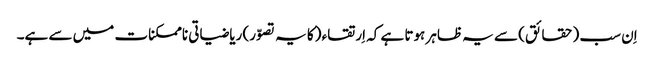
اِن سب (حقائق) سے یہ ظاہر ہوتا ہے کہ اِرتقاء (کا یہ تصوّر) ریاضیاتی ناممکنات میں سے ہے۔